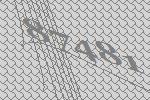
87481